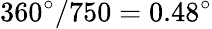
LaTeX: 360^{\circ}/750=0.48^{\circ}